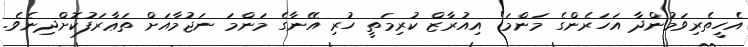
އެހީތެރިވަމުންދާ އަހަރެންގެ މަންމަ" އިއުރާޒް ކުރިމަތީ ހުރި އޭނާގެ މަންމަ ނަޖުމާއަށް ތަޢާރަފުކޮށްދިނެވެ.